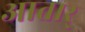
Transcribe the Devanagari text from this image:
आतार्